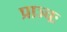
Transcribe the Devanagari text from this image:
प्राञ्चः